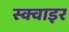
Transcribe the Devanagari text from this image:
स्क्वाइर